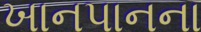
ખાનપાનના